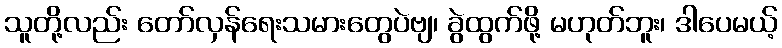
သူတို့လည်း တော်လှန်ရေးသမားတွေပဲဗျ၊ ခွဲထွက်ဖို့ မဟုတ်ဘူး၊ ဒါပေမယ့်